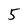
Character: 5